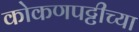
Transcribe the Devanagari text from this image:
कोकणपट्टीच्या